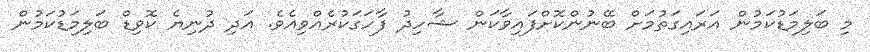
މި ބަލިމަޑުކަމުން އަރައިގަތުމަށް ބޭނުންކޮށްފައިވާކަން ޝާހިދު ފާހަގަކުރެއްވިއެވެ. އަދި ދުނިޔެ ކޮވިޑް ބަލިމަޑުކަމުން